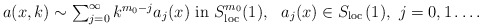
\begin{align*} \mbox{$a(x,k)\sim\sum^\infty_{j=0}k^{m_0-j}a_j(x)$ in $S^{m_0}_{{\rm loc\,}}(1)$},\ \ a_j(x)\in S_{{\rm loc\,}}(1),\ j=0,1\ldots.\end{align*}